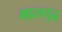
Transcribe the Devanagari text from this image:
भारतयुद्ध